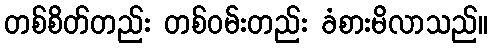
တစ်စိတ်တည်း တစ်ဝမ်းတည်း ခံစားမိလာသည်။